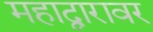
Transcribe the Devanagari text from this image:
महाद्वारावर